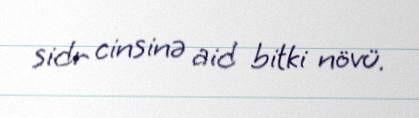
sidr cinsinə aid bitki növü.